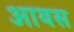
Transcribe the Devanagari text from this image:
आयस